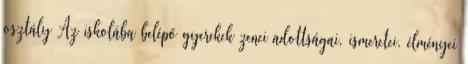
osztály Az iskolába belépő gyerekek zenei adottságai, ismeretei, élményei